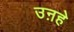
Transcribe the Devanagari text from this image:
उऩहे